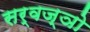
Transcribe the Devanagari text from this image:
सर्वज्ञो